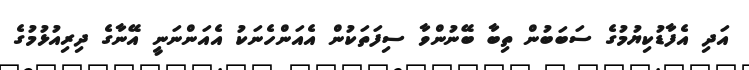
އަދި އެފާޑުކިޔުމުގެ ސަބަބުން ތިބާ ބޭނުންވާ ސިފަތަކުން އެއަންހެނަކު އެއަންނަނީ އޭނާގެ ދިރިއުޅުމުގެ